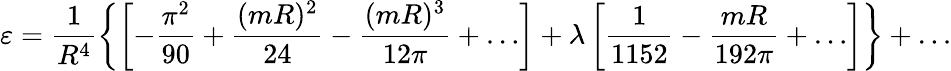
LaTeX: \varepsilon=\frac{1}{R^{4}}\left\{ \left[-\frac{\pi^{2}}{90}+\frac{(mR)^{2}}{24}-\frac{(mR)^{3}}{12\pi}+\ldots\right]+\lambda\left[\frac{1}{1152}-\frac{mR}{192\pi}+\ldots\right]\right\} +\ldots